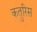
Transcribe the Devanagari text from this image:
कतुरिस